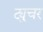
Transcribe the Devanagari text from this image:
ट्युचर